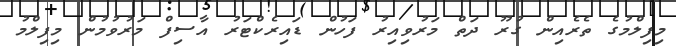
މިފިލްމުގެ ތެރެއިން ގުރޫ ދަތް މަރުވިއިރު ފަހުން ޑައިރެކްޓަރު އާސިފް މަރުވުމުން މިފިލްމު